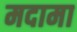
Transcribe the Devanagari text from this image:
मदामा